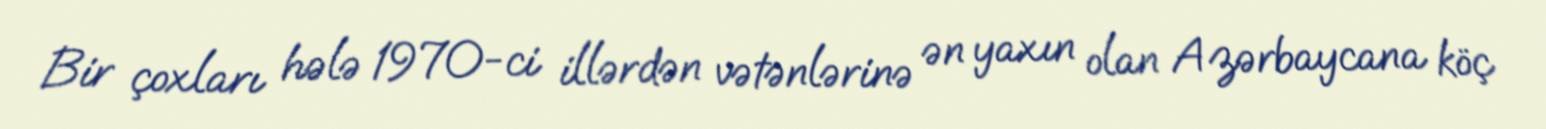
Bir çoxları hələ 1970-ci illərdən vətənlərinə ən yaxın olan Azərbaycana köç